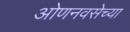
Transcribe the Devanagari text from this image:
ओणनवसेच्या